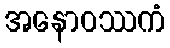
အနောဝဿကံ